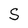
Character: S